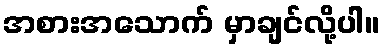
အစားအသောက် မှာချင်လို့ပါ။